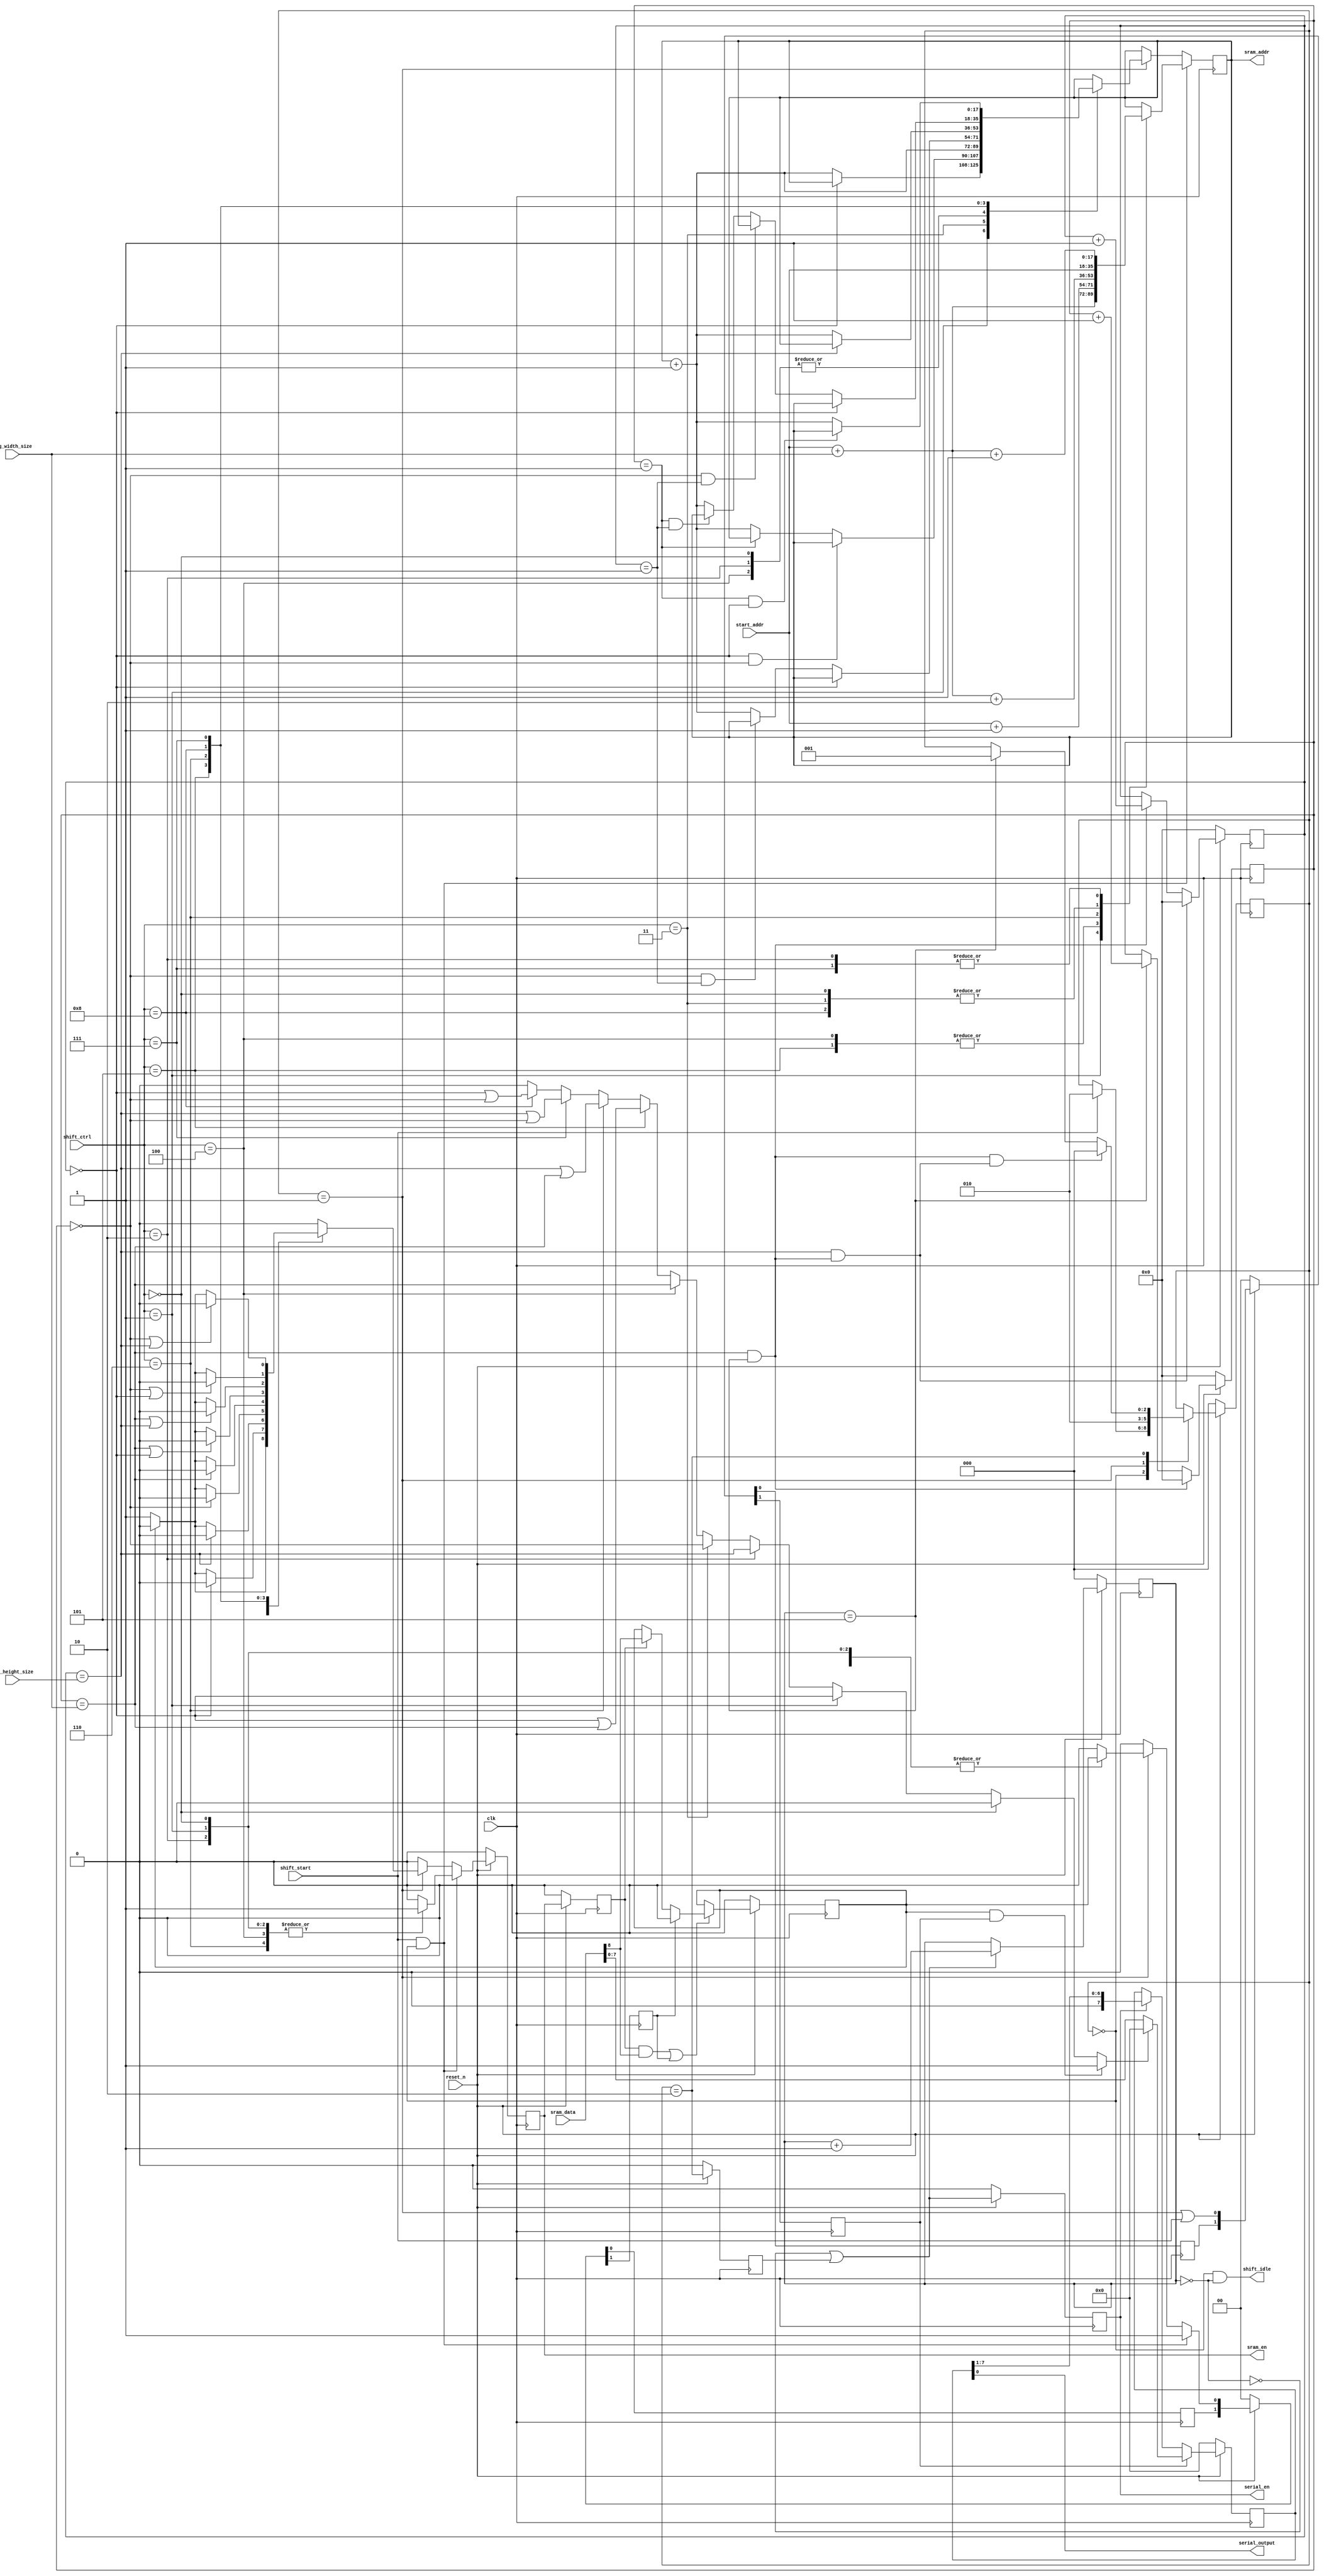
module j_shifter #(
  parameter SRAM_DEPTH  = 256*256*4        ,
  parameter SRAM_ADDR_W = clog2(SRAM_DEPTH)
) (
  input                         clk            ,
  input                         reset_n        ,
  output reg                    sram_en        ,
  output reg  [SRAM_ADDR_W-1:0] sram_addr      ,
  input       [          1+7:0] sram_data      , // {skip, data[7:0]}
  input                         shift_start    ,
  output                        shift_idle     ,
  input       [            3:0] shift_ctrl     ,
  input  wire [SRAM_ADDR_W-1:0] start_addr     ,
  input  wire [SRAM_ADDR_W-1:0] img_width_size ,
  input  wire [SRAM_ADDR_W-1:0] img_height_size,
  output wire                   serial_output  ,
  output wire                   serial_en
);
function [31:0] clog2 (input [31:0] x);
    reg [31:0] x_tmp;
    begin
            x_tmp = x-1;
            for(clog2=0; x_tmp>0; clog2=clog2+1) begin
                x_tmp = x_tmp >> 1;
            end
    end
endfunction

  parameter S_IDEL              = 0;
  parameter S_LOAD_DATA         = 1;
  parameter S_SHIFT             = 2;

  parameter SHT_KEEP       = 0;
  parameter SHT_UP         = 1;
  parameter SHT_DOWN       = 2;
  parameter SHT_LEFT       = 3;
  parameter SHT_RIGHT      = 4;
  parameter SHT_RIGHT_UP   = 5;
  parameter SHT_RIGHT_DOWN = 6;
  parameter SHT_LEFT_DOWN  = 7;
  parameter SHT_LEFT_UP    = 8;

  reg  [            2:0] fsm_state       ;
  reg  [            2:0] fsm_state_nxt   ;
  reg  [            2:0] shift_cnt       ;
  wire                   shift_cnt_inc   ;
  wire                   shift_cnt_done  ;
  reg  [SRAM_ADDR_W-1:0] cur_w_cnt       ;
  reg  [SRAM_ADDR_W-1:0] cur_h_cnt       ;
  wire [SRAM_ADDR_W-1:0] cur_w_cnt_nxt   ;
  wire [SRAM_ADDR_W-1:0] cur_h_cnt_nxt   ;
  wire                   cur_w_cnt_inc   ;
  wire                   cur_w_cnt_clr   ;
  wire                   cur_h_cnt_inc   ;
  wire                   cur_h_cnt_clr   ;
  reg                    fake_sram_en, fake_sram_en_dly;
  wire                   fake_sram_en_nxt;
  wire                   img_cnt_inc     ;

  always @(posedge clk) begin : proc_fsm_state
    if(~reset_n) begin
      fsm_state <= S_IDEL;
    end else begin
      fsm_state <= fsm_state_nxt;
    end
  end

  always @(*) begin : proc_fsm_state_nxt
    fsm_state_nxt = fsm_state;
    case (fsm_state)
      S_IDEL: begin
        if(shift_start)
          fsm_state_nxt = S_SHIFT;
      end
      S_LOAD_DATA: begin
        fsm_state_nxt = S_SHIFT;
      end
      S_SHIFT: begin
        if(cur_w_cnt_clr & cur_h_cnt_clr) begin
          fsm_state_nxt = S_IDEL;
        end else if(shift_cnt_done) begin
          fsm_state_nxt = S_LOAD_DATA;
        end
      end
      default : /* default */;
    endcase
  end

  assign cur_w_cnt_inc = img_cnt_inc;
  assign cur_w_cnt_clr = (cur_w_cnt == img_width_size) & img_cnt_inc;
  assign cur_h_cnt_inc = cur_w_cnt_clr;
  assign cur_h_cnt_clr = (cur_h_cnt == img_height_size) & cur_w_cnt_clr;

  assign cur_w_cnt_nxt = cur_w_cnt+1;
  assign cur_h_cnt_nxt = cur_h_cnt+1;

  always @(posedge clk) begin : proc_cur_w_cnt
    if(~reset_n) begin
      cur_w_cnt <= 0;
    end else if(cur_w_cnt_clr) begin
      cur_w_cnt <= 0;
    end else if(cur_w_cnt_inc) begin
      cur_w_cnt <= cur_w_cnt_nxt;
    end
  end

  always @(posedge clk) begin : proc_cur_h_cnt
    if(~reset_n) begin
      cur_h_cnt <= 0;
    end else if(cur_h_cnt_clr) begin
      cur_h_cnt <= 0;
    end else if(cur_h_cnt_inc) begin
      cur_h_cnt <= cur_h_cnt_nxt;
    end
  end  


  // Shift control
  reg shift_state_dly;
  assign shift_cnt_done = shift_cnt == 3'b101;
  assign shift_cnt_inc  = ~(shift_cnt == 3'b0) | shift_state_dly;
  assign img_cnt_inc    = shift_cnt == 3'b101;
  always @(posedge clk) begin : proc_shift_state_dly
    if(~reset_n) begin
      shift_state_dly <= 0;
    end else begin
      shift_state_dly <= (fsm_state == S_SHIFT);
    end
  end

  wire [2:0] shift_cnt_nxt = shift_cnt + 1;
  always @(posedge clk) begin : proc_shift_cnt
    if(~reset_n) begin
      shift_cnt <= 0;
    end else if(shift_cnt_inc) begin
      shift_cnt <= shift_cnt_nxt;
    end
  end

  assign fake_sram_en_nxt = (fsm_state == S_LOAD_DATA) | shift_start;
  always @(posedge clk) begin : proc_fake_sram_en
    if(~reset_n) begin
      {fake_sram_en_dly, fake_sram_en} <= 0;
    end else begin
      {fake_sram_en_dly, fake_sram_en} <= {fake_sram_en, fake_sram_en_nxt};
    end
  end

  reg sram_en_dly;
  wire sram_en_dly_nxt = sram_en;
  always @(posedge clk) begin : proc_sram_en_dly
    if(~reset_n) begin
      sram_en_dly <= 0;
    end else begin
      sram_en_dly <= sram_en_dly_nxt;
    end
  end

  reg shift_cnt_inc_dly0,shift_cnt_inc_dly1;
  always @(posedge clk) begin : proc_shift_cnt_inc_dly
    if(~reset_n) begin
      {shift_cnt_inc_dly1, shift_cnt_inc_dly0} <= 0;
    end else begin
      {shift_cnt_inc_dly1, shift_cnt_inc_dly0} <= {shift_cnt_inc_dly0, shift_cnt_inc};
    end
  end

  reg  [7:0] sram_data_latch  ;
  wire       zero_skip        ;
  reg        zero_skip_tmp    ;
  wire       zero_skip_tmp_en ;
  reg        zero_skip_tmp_clr;
  reg        zero_skip_tmp_clr_dly1;
  reg        zero_skip_tmp_clr_dly2;
  wire       zero_skip_tmp_nxt;

  always @(posedge clk) begin : proc_zero_skip_tmp_clr_dly
    if(~reset_n) begin
      {zero_skip_tmp_clr_dly2, zero_skip_tmp_clr_dly1} <= 0;
    end else begin
      {zero_skip_tmp_clr_dly2, zero_skip_tmp_clr_dly1} <= {zero_skip_tmp_clr_dly1, zero_skip_tmp_clr};
    end
  end


  assign zero_skip = 
        zero_skip_tmp & fake_sram_en_dly ? 1'b1                                                       :
        shift_ctrl == SHT_KEEP           ? 1'b0                                                       :
        shift_ctrl == SHT_UP             ? (cur_h_cnt==0                                             ):
        shift_ctrl == SHT_DOWN           ? (cur_h_cnt==img_height_size                               ):
        shift_ctrl == SHT_LEFT           ? (cur_w_cnt==0                                             ):
        shift_ctrl == SHT_RIGHT          ? (cur_w_cnt==img_width_size                                ):
        shift_ctrl == SHT_RIGHT_UP       ? (cur_h_cnt==0) | (cur_w_cnt==img_width_size               ):
        shift_ctrl == SHT_RIGHT_DOWN     ? (cur_h_cnt==img_height_size) | (cur_w_cnt==img_width_size ):
        shift_ctrl == SHT_LEFT_DOWN      ? (cur_h_cnt==img_height_size) | (cur_w_cnt==0              ):
        shift_ctrl == SHT_LEFT_UP        ? (cur_h_cnt==0) | (cur_w_cnt==0                            ):
        1'b0;

  always @(posedge clk) begin : proc_sram_data_latch
    if(~reset_n) begin
      sram_data_latch <= 0;
    end else if(fake_sram_en_dly) begin
      sram_data_latch <= zero_skip ? 8'b0: sram_data[7:0];
    end else if(shift_cnt_inc_dly0) begin
      sram_data_latch <= {1'b0, sram_data_latch[7:1]};
    end
  end

  assign zero_skip_tmp_en = sram_en_dly & sram_data[8] | zero_skip_tmp_clr_dly2;
  assign zero_skip_tmp_nxt = zero_skip_tmp_clr_dly2 ? 1'b0 : 
                             sram_en_dly ? sram_data[8]    : zero_skip_tmp;

  always @(posedge clk) begin : proc_zero_skip_tmp
    if(~reset_n) begin
      zero_skip_tmp <= 0;
    end else if(zero_skip_tmp_en) begin
      zero_skip_tmp <= zero_skip_tmp_nxt;
    end
  end

  reg sram_en_nxt;
  always @(posedge clk) begin : proc_sram_en
    if(~reset_n) begin
      sram_en <= 0;
    end else begin
      sram_en <= sram_en_nxt;
    end
  end

  reg [SRAM_ADDR_W-1:0] sram_addr_nxt;
 
  always @(*) begin : proc_sram_addr_nxt
      sram_addr_nxt     = sram_addr;
      sram_en_nxt       = 1'b0;
      zero_skip_tmp_clr = 1'b0;
      if((shift_start == 1'b1) & (fsm_state == S_IDEL)) begin
        zero_skip_tmp_clr = 1'b1;
        case(shift_ctrl)
          SHT_KEEP       : begin
            // latch first point
            sram_addr_nxt = start_addr;
            sram_en_nxt   = 1'b1;
          end
          SHT_UP         : begin
            // latch first point
            sram_addr_nxt = start_addr + img_width_size;
            sram_en_nxt   = 1'b1;
          end
          SHT_DOWN       : begin
            // latch first point
            sram_addr_nxt = start_addr + img_width_size + 1;
            sram_en_nxt   = 1'b1;
          end
          SHT_LEFT       : begin
            // skip first point
            sram_addr_nxt = start_addr;
            sram_en_nxt   = 1'b0;
          end
          SHT_RIGHT      : begin
            sram_addr_nxt = start_addr + 1;
            sram_en_nxt   = 1'b1;
          end
          SHT_RIGHT_UP   : begin
            sram_addr_nxt = start_addr + 1;
            sram_en_nxt   = 1'b0;
          end
          SHT_RIGHT_DOWN : begin
            sram_addr_nxt = start_addr + img_width_size + 2;
            sram_en_nxt   = 1'b1;
          end
          SHT_LEFT_UP    : begin
            sram_addr_nxt = start_addr;
            sram_en_nxt   = 1'b0;
          end
          SHT_LEFT_DOWN  : begin
            sram_addr_nxt = start_addr + img_width_size + 1;
            sram_en_nxt   = 1'b0;
          end
        endcase // shift_ctrl
      end else if(fsm_state == S_LOAD_DATA) begin
        case(shift_ctrl)
          SHT_KEEP       : begin
            sram_addr_nxt = sram_addr + 1;
            sram_en_nxt   = zero_skip_tmp ? 1'b0 : 1'b1;
            zero_skip_tmp_clr = zero_skip_tmp;
          end
          SHT_UP         : begin
            sram_addr_nxt = (cur_h_cnt == 0              ) ? sram_addr : 
                                                             sram_addr + 1;
            sram_en_nxt   = (cur_h_cnt == 0              ) ? 1'b0 :
                            zero_skip_tmp                  ? 1'b0 : 1'b1;
            zero_skip_tmp_clr = zero_skip_tmp;
          end
          SHT_DOWN       : begin
            sram_addr_nxt = sram_addr + 1;
            sram_en_nxt   = (cur_h_cnt == img_height_size) ? 1'b0 :
                            zero_skip_tmp                  ? 1'b0 : 1'b1;
            zero_skip_tmp_clr = zero_skip_tmp;
          end
          SHT_LEFT       : begin
            sram_addr_nxt = (cur_h_cnt == 0) & (cur_w_cnt == 0) ?  sram_addr      :
                            (cur_w_cnt == 1)                    ?  sram_addr      :
                            // (cur_w_cnt == 0) & zero_skip_tmp    ? (sram_addr + 1) :
                            // (cur_w_cnt == 0) &~zero_skip_tmp    ? (sram_addr + 2) :
                            sram_addr + 1;
            sram_en_nxt   = (cur_w_cnt == 0) ? 1'b0 :
                                         zero_skip_tmp    ? 1'b0 : 1'b1;
            zero_skip_tmp_clr = zero_skip_tmp;
          end
          SHT_RIGHT      : begin
            sram_addr_nxt = //(cur_h_cnt == 0) & (cur_w_cnt == img_width_size) ?  sram_addr    :
                                               (cur_w_cnt == img_width_size) ?  sram_addr + 1:
                            //(cur_w_cnt == 0) & zero_skip_tmp    ? (sram_addr + 1) :
                            //(cur_w_cnt == 0) &~zero_skip_tmp    ? (sram_addr + 2) :
                            sram_addr + 1;
            sram_en_nxt   = (cur_w_cnt == img_width_size) ? 1'b0 :
                                         zero_skip_tmp    ? 1'b0 : 1'b1;
            zero_skip_tmp_clr = zero_skip_tmp;
          end
          SHT_RIGHT_UP   : begin
            sram_addr_nxt = (cur_h_cnt == 0)                                  ?  sram_addr    :
                            (cur_w_cnt == 0)              & (cur_h_cnt == 1)  ?  sram_addr    :
                            //(cur_w_cnt == 0) & zero_skip_tmp    ? (sram_addr + 1) :
                            //(cur_w_cnt == 0) &~zero_skip_tmp    ? (sram_addr + 2) :
                            sram_addr + 1;
            sram_en_nxt   = (cur_w_cnt == img_width_size) || (cur_h_cnt == 0) ? 1'b0 :
                                                            zero_skip_tmp     ? 1'b0 : 1'b1;
            zero_skip_tmp_clr = zero_skip_tmp;
          end
          SHT_RIGHT_DOWN : begin
            sram_addr_nxt = (cur_h_cnt == img_height_size)                    ?  sram_addr    :
                            //(cur_w_cnt == 0)              & (cur_h_cnt == 1)  ?  sram_addr    :
                            //(cur_w_cnt == 0) & zero_skip_tmp    ? (sram_addr + 1) :
                            //(cur_w_cnt == 0) &~zero_skip_tmp    ? (sram_addr + 2) :
                            sram_addr + 1;
            sram_en_nxt   = (cur_w_cnt == img_width_size) || (cur_h_cnt == img_height_size) ? 1'b0 :
                                                                          zero_skip_tmp     ? 1'b0 : 1'b1;
            zero_skip_tmp_clr = zero_skip_tmp;
          end
          SHT_LEFT_UP    : begin
            sram_addr_nxt = (cur_h_cnt == 0)                      ? sram_addr    :
                            (cur_w_cnt == 0) && (cur_h_cnt == 1)  ? sram_addr    :
                            (cur_w_cnt == 1) && (cur_h_cnt == 1)  ? sram_addr    :
                            (cur_w_cnt == 0) && (cur_h_cnt != 0)  ? sram_addr+1  :
                            //(cur_w_cnt == 0)              & (cur_h_cnt == 1)  ?  sram_addr    :
                            //(cur_w_cnt == 0) & zero_skip_tmp    ? (sram_addr + 1) :
                            //(cur_w_cnt == 0) &~zero_skip_tmp    ? (sram_addr + 2) :
                            sram_addr + 1;
            sram_en_nxt   = (cur_w_cnt == 0) || (cur_h_cnt == 0) ? 1'b0 :
                                               zero_skip_tmp     ? 1'b0 : 1'b1;
            zero_skip_tmp_clr = zero_skip_tmp;
          end
          SHT_LEFT_DOWN  : begin
            sram_addr_nxt = //(cur_h_cnt == 0)                      ? sram_addr    :
                            //(cur_w_cnt == 0)                        ? sram_addr    :
                            (cur_w_cnt == 1) && (cur_h_cnt == 0)  ? sram_addr    :
                            //(cur_w_cnt == 0) && (cur_h_cnt != 0)  ? sram_addr+1  :
                            //(cur_w_cnt == 0)              & (cur_h_cnt == 1)  ?  sram_addr    :
                            //(cur_w_cnt == 0) & zero_skip_tmp    ? (sram_addr + 1) :
                            //(cur_w_cnt == 0) &~zero_skip_tmp    ? (sram_addr + 2) :
                            sram_addr + 1;
            sram_en_nxt   = (cur_w_cnt == 0) || (cur_h_cnt == img_height_size) ? 1'b0 :
                                               zero_skip_tmp                   ? 1'b0 : 1'b1;
            zero_skip_tmp_clr = zero_skip_tmp;
          end
        endcase // shift_ctrl      
      end
  end

  always @(posedge clk) begin: proc_sram_addr
    if(~reset_n) begin
      sram_addr <= 0;
    end begin
      sram_addr <= sram_addr_nxt;
    end
  end

  assign serial_output = sram_data_latch[0];
  assign serial_en     = shift_cnt_inc_dly0;
  assign shift_idle    = (fsm_state == S_IDEL) & (shift_cnt == 3'b000);

endmodule